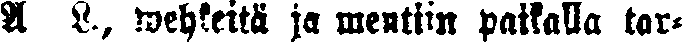
A L., wehkeitä ja mentiin paikalla tar-